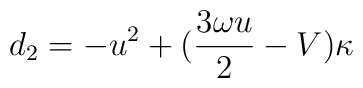
d_{2}=-u^{2}+(\frac{3\omega u}{2}-V)\kappa